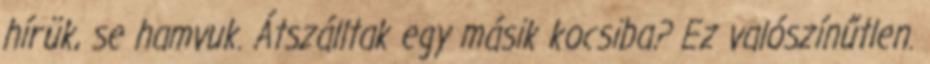
hírük, se hamvuk. Átszálltak egy másik kocsiba? Ez valószínűtlen.